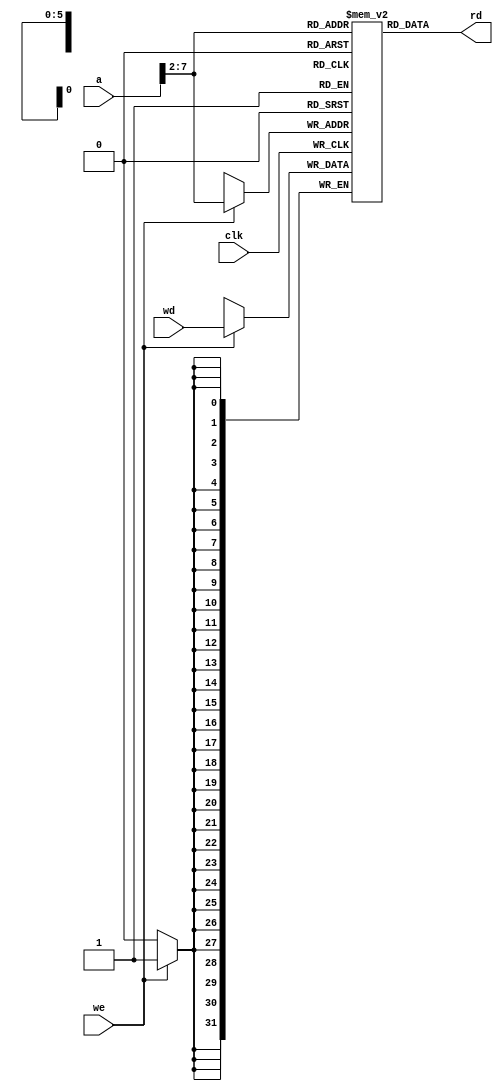
module dmem (input clk, we,
            input [31:0] a, wd, 
            output [31:0] rd);
  reg [31:0] RAM[63:0];
  assign rd = RAM[a[31:2]]; // word aligned
  always @(posedge clk)
   if(we)
      RAM[a[31:2]] <= wd; 
endmodule


module imem (input [5:0] a, output [31:0] rd);
  reg[31:0] RAM[63:0];
  initial
    begin
      //$readmemh ("memfile.dat", RAM);
      //$readmemh ("jaltest.dat", RAM);
	  //$readmemh("sltaddsubtest.dat", RAM);
	  //$readmemh("mipstest_ext.dat", RAM);
	  //$readmemh("Test_Single_Pipelined.dat", RAM);
	  $readmemh("mipstest_pipelined.dat", RAM);
	  //$readmemh("temp.dat",RAM);
    end
  assign rd = RAM[a]; // word aligned 
endmodule